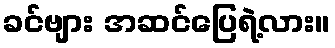
ခင်ဗျား အဆင်ပြေရဲ့လား။